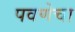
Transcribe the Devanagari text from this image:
पवणेचा